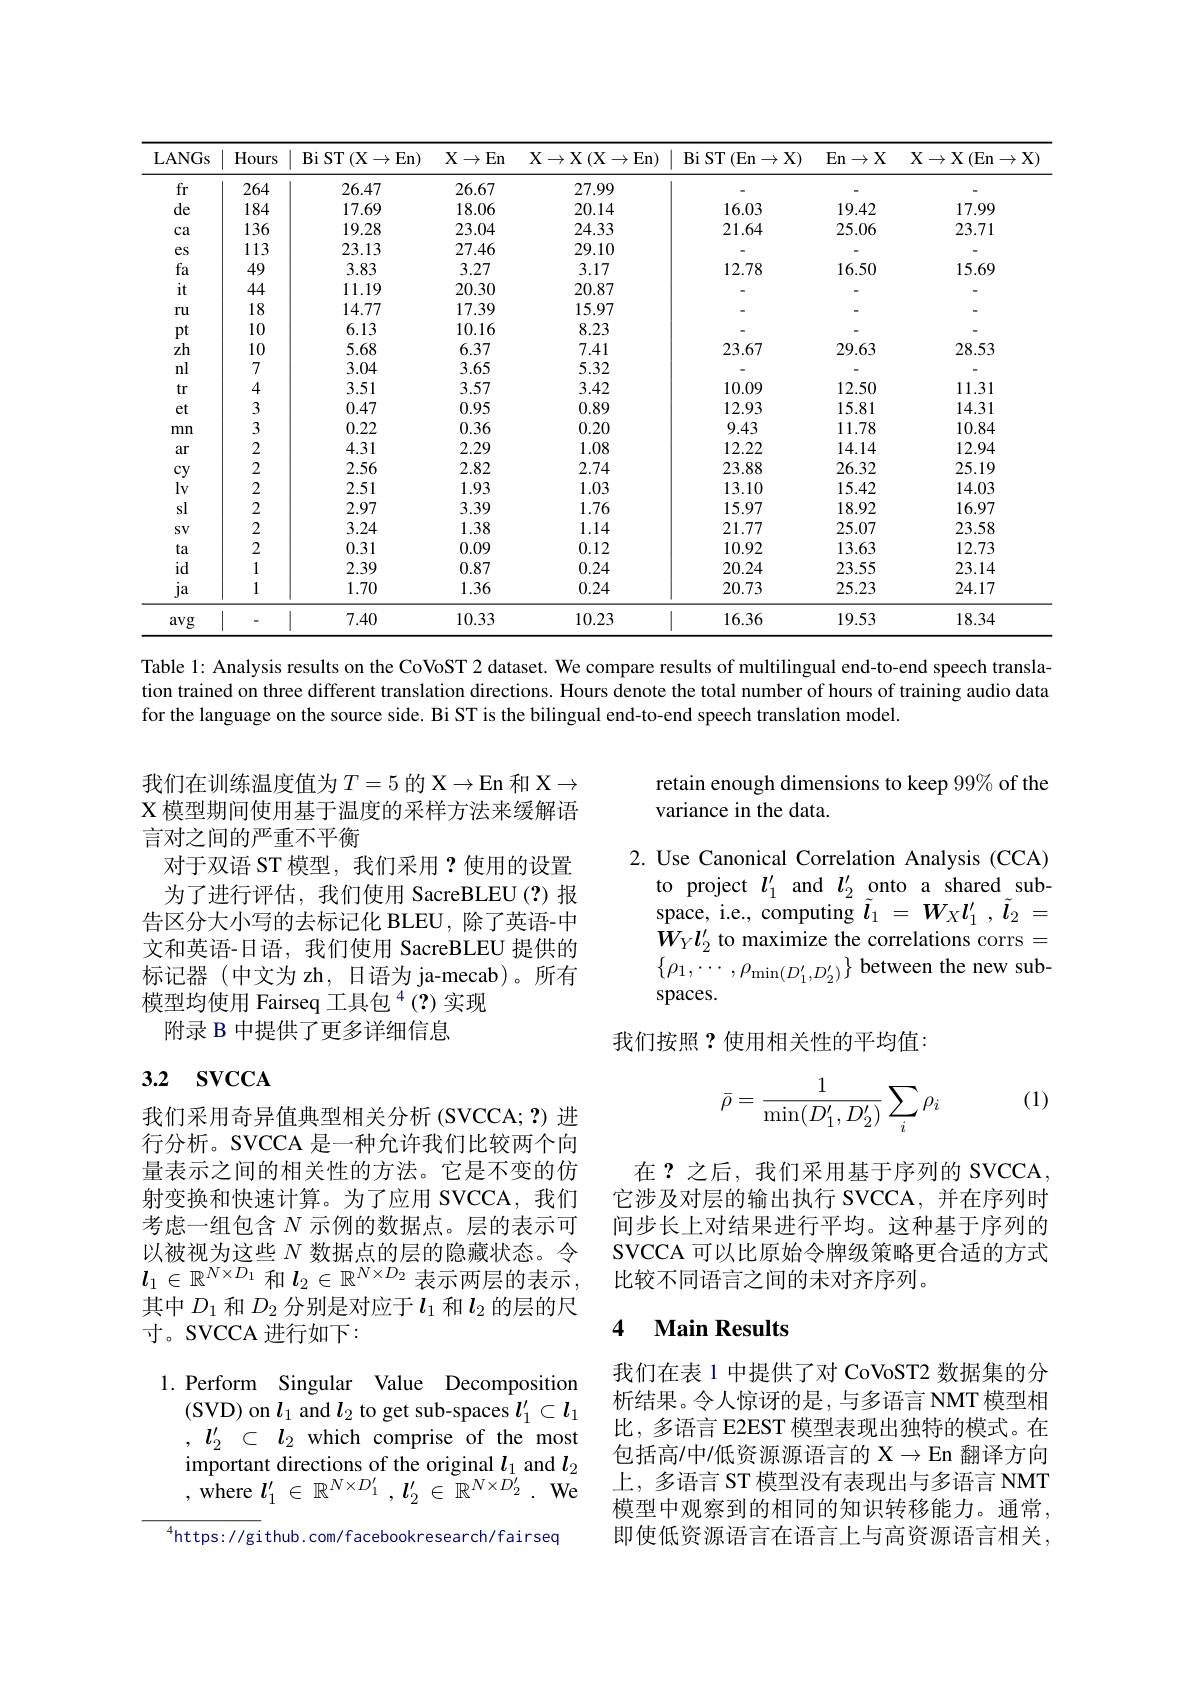
<table>
	<tbody>
		<tr>
			<th>LANGs</th>
			<th>Hours</th>
			<th>BiST $(\mathbf{X}\to\mathbf{En})$</th>
			<th>$X\to$ En</th>
			<th>$\mathbf{X}\to\mathbf{X}\left(\mathbf{X}\to\mathbf{En}\right)$</th>
			<th>$\operatorname{Bi}\operatorname{ST}(\operatorname{En}\to\operatorname{X})$</th>
			<th>En $n\to X$</th>
			<th>$\mathbf{X} \to \mathbf{X} \left ( \mathrm{En}\to \mathbf{X} \right )$</th>
		</tr>
		<tr>
			<td>fr</td>
			<td>264</td>
			<td>26.47</td>
			<td>26.67</td>
			<td>27.99</td>
			<td> </td>
			<td> </td>
			<td> </td>
		</tr>
		<tr>
			<td>de</td>
			<td>184</td>
			<td>17.69</td>
			<td>18.06</td>
			<td>20.14</td>
			<td>16.03</td>
			<td>19.42</td>
			<td>17.99</td>
		</tr>
		<tr>
			<td>$ca$</td>
			<td>136</td>
			<td>19.28</td>
			<td>23.04</td>
			<td>24.33</td>
			<td>21.64</td>
			<td>25.06</td>
			<td>23.71</td>
		</tr>
		<tr>
			<td>$es$</td>
			<td>113</td>
			<td>23.13</td>
			<td>27.46</td>
			<td>29.10</td>
			<td> </td>
			<td> </td>
			<td> </td>
		</tr>
		<tr>
			<td>fa</td>
			<td>49</td>
			<td>3.83</td>
			<td>3.27</td>
			<td>3.17</td>
			<td>12.78</td>
			<td>16.50</td>
			<td>15.69</td>
		</tr>
		<tr>
			<td>it</td>
			<td>44</td>
			<td>11.19</td>
			<td>20.30</td>
			<td>20.87</td>
			<td> </td>
			<td> </td>
			<td> </td>
		</tr>
		<tr>
			<td>$ru$</td>
			<td>18</td>
			<td>14.77</td>
			<td>17.39</td>
			<td>15.97</td>
			<td> </td>
			<td> </td>
			<td> </td>
		</tr>
		<tr>
			<td>$pt$</td>
			<td>10</td>
			<td>6.13</td>
			<td>10.16</td>
			<td>8.23</td>
			<td> </td>
			<td> </td>
			<td> </td>
		</tr>
		<tr>
			<td>zh</td>
			<td>10</td>
			<td>5.68</td>
			<td>6.37</td>
			<td>7.41</td>
			<td>23.67</td>
			<td>29.63</td>
			<td>28.53</td>
		</tr>
		<tr>
			<td>nl</td>
			<td>7</td>
			<td>3.04</td>
			<td>3.65</td>
			<td>5.32</td>
			<td> </td>
			<td> </td>
			<td> </td>
		</tr>
		<tr>
			<td>tr</td>
			<td>4</td>
			<td>3.51</td>
			<td>3.57</td>
			<td>3.42</td>
			<td>10.09</td>
			<td>12.50</td>
			<td>11.31</td>
		</tr>
		<tr>
			<td>et</td>
			<td>3</td>
			<td>0.47</td>
			<td>0.95</td>
			<td>0.89</td>
			<td>12.93</td>
			<td>15.81</td>
			<td>14.31</td>
		</tr>
		<tr>
			<td>mn</td>
			<td>3</td>
			<td>0.22</td>
			<td>0.36</td>
			<td>0.20</td>
			<td>9.43</td>
			<td>11.78</td>
			<td>10.84</td>
		</tr>
		<tr>
			<td>ar</td>
			<td>2</td>
			<td>4.31</td>
			<td>2.29</td>
			<td>1.08</td>
			<td>12.22</td>
			<td>14.14</td>
			<td>12.94</td>
		</tr>
		<tr>
			<td>$cy$</td>
			<td>2</td>
			<td>2.56</td>
			<td>2.82</td>
			<td>2.74</td>
			<td>23.88</td>
			<td>26.32</td>
			<td>25.19</td>
		</tr>
		<tr>
			<td>$lv$</td>
			<td>2</td>
			<td>2.51</td>
			<td>1.93</td>
			<td>1.03</td>
			<td>13.10</td>
			<td>15.42</td>
			<td>14.03</td>
		</tr>
		<tr>
			<td>sl</td>
			<td>2</td>
			<td>2.97</td>
			<td>3.39</td>
			<td>1.76</td>
			<td>15.97</td>
			<td>18.92</td>
			<td>16.97</td>
		</tr>
		<tr>
			<td>$SV$</td>
			<td>2</td>
			<td>3.24</td>
			<td>1.38</td>
			<td>1.14</td>
			<td>21.77</td>
			<td>25.07</td>
			<td>23.58</td>
		</tr>
		<tr>
			<td>ta</td>
			<td>2</td>
			<td>0.31</td>
			<td>0.09</td>
			<td>0.12</td>
			<td>10.92</td>
			<td>13.63</td>
			<td>12.73</td>
		</tr>
		<tr>
			<td>$id$</td>
			<td>1</td>
			<td>2.39</td>
			<td>0.87</td>
			<td>0.24</td>
			<td>20.24</td>
			<td>23.55</td>
			<td>23.14</td>
		</tr>
		<tr>
			<td>ja</td>
			<td>1</td>
			<td>1.70</td>
			<td>1.36</td>
			<td>0.24</td>
			<td>20.73</td>
			<td>25.23</td>
			<td>24.17</td>
		</tr>
		<tr>
			<td>avg</td>
			<td> </td>
			<td>7.40</td>
			<td>10.33</td>
			<td>10.23</td>
			<td>16.36</td>
			<td>19.53</td>
			<td>18.34</td>
		</tr>
	</tbody>
</table>

Table l: Analysis results on the CoVoST 2 dataset. We compare results of multilingual end-to-end speech translation trained on three different translation directions. Hours denote the total number of hours of training audio data for the language on the source side. Bi ST is the bilingual end-to-end speech translation model.

retain enough dimensions to keep 99% of the
variance in the data.

我们在训练温度值为$T=5$ 的 X$\to$En 和 X$\to$ X 模型期间使用基于温度的采样方法来缓解语言对之间的严重不平衡
对于双语 ST 模型，我们采用？使用的设置为了进行评估，我们使用 SacreBLEU(?)报
告区分大小写的去标记化 BLEU, 除了英语-中文和英语-日语，我们使用 SacreBLEU 提供的标记器(中文为 zh, 日语为 ja-mecab)。所有模型均使用 Fairseq 工具包$^{4}(?)$实现
附录 B 中提供了更多详细信息

2. Use Canonical Correlation Analysis (CCA)
to project $l_1^{\prime}$ and $l_2^{\prime}$ onto a shared subspace, i.e., computing $\tilde{\boldsymbol{l}} _{1}$ = $W_{X}l_{1}^{\prime }$ , $\tilde{\boldsymbol{l}} _{2}$ = $W_{Y}l_{2}^{\prime}$ to maximize the correlations corrs = $\left\{\rho_{1},\cdots,\rho_{\operatorname*{min}}(D_{1}^{\prime},D_{2}^{\prime})\right\}$between the new subspaces.
我们按照？使用相关性的平均值：

# 3.2 $\mathbf{svcc}\mathbf{A}$

(1)
$$\bar{\rho}=\frac{1}{\min(D_1',D_2')}\sum_i\rho_i$$
在？之后，我们采用基于序列的 SVCCA 它涉及对层的输出执行 SVCCA,并在序列时间步长上对结果进行平均。这种基于序列的SVCCA 可以比原始令牌级策略更合适的方式比较不同语言之间的未对齐序列。

我们采用奇异值典型相关分析(SVCCA;?)进行分析。SVCCA 是一种允许我们比较两个向量表示之间的相关性的方法。它是不变的仿射变换和快速计算。为了应用 SVCCA,我们考虑一组包含$N$示例的数据点。层的表示可以被视为这些$N$数据点的层的隐藏状态。令$l_1\in\mathbb{R}^{N\times D_1}$和$l_2\in\mathbb{R}^{N\times D_2}$表示两层的表示， 其中$D_{1}$和$D_{2}$分别是对应于$l_{1}$和$l_{2}$的层的尺$寸。SVCCA进行如下：$
1.Perform Singular Value Decomposition
(SVD) on $l_1$ and $l_2$ to get sub-spaces $l_1^\prime\subset l_1$ , $l_{2}^{\prime }$ $\subset$ $l_{2}$ which comprise of the most important directions of the original $l_1$ and $l_2$ ,where$l_1^\prime\in\mathbb{R}^{N\times D_1^{\prime}},l_2^{\prime}\in\mathbb{R}^{N\times D_2^{\prime}}.$We
$^{4}$https://gi thub.com/facebookresearch/fairsed

### $\textbf{4}$ $\textbf{Main Results}$

我们在表 1 中提供了对 CoVoST2 数据集的分析结果。令人惊讶的是，与多语言 NMT 模型相比，多语言 E2EST 模型表现出独特的模式。在包括高/中/低资源源语言的$\mathcal{X}\to\operatorname{En}$翻译方向上，多语言 ST 模型没有表现出与多语言 NMT 模型中观察到的相同的知识转移能力。通常， 即使低资源语言在语言上与高资源语言相关，